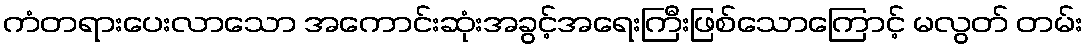
ကံတရားပေးလာသော အကောင်းဆုံးအခွင့်အရေးကြီးဖြစ်သောကြောင့် မလွတ် တမ်း